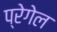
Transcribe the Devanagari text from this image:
प्रेगेल